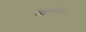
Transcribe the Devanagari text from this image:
स्क्लियरोटोम